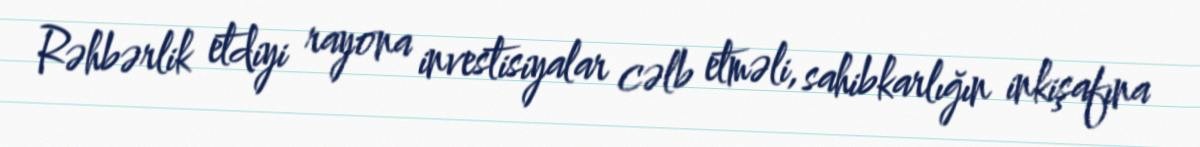
Rəhbərlik etdiyi rayona investisiyalar cəlb etməli, sahibkarlığın inkişafına